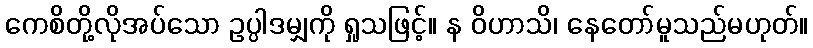
ကေစိတို့လိုအပ်သော ဥပ္ပါဒမျှကို ရှုသဖြင့်။ န ဝိဟာသိ၊ နေတော်မူသည်မဟုတ်။